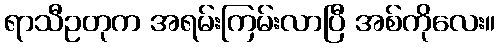
ရာသီဥတုက အရမ်းကြမ်းလာပြီ အစ်ကိုလေး။